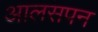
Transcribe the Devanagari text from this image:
आलसपन